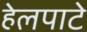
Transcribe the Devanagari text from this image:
हेलपाटे